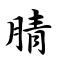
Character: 腈